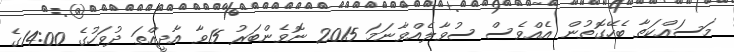
މަސައްކަތާ ބެހޭގޮތުން އެއްވެސް ސުވާލެއްވާނަމަ 2015 ނޮވެންބަރު 15ވާ އާދީއްތަ ދުވަހުގެ 14:00ގެ